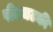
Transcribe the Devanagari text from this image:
पीतचटकी